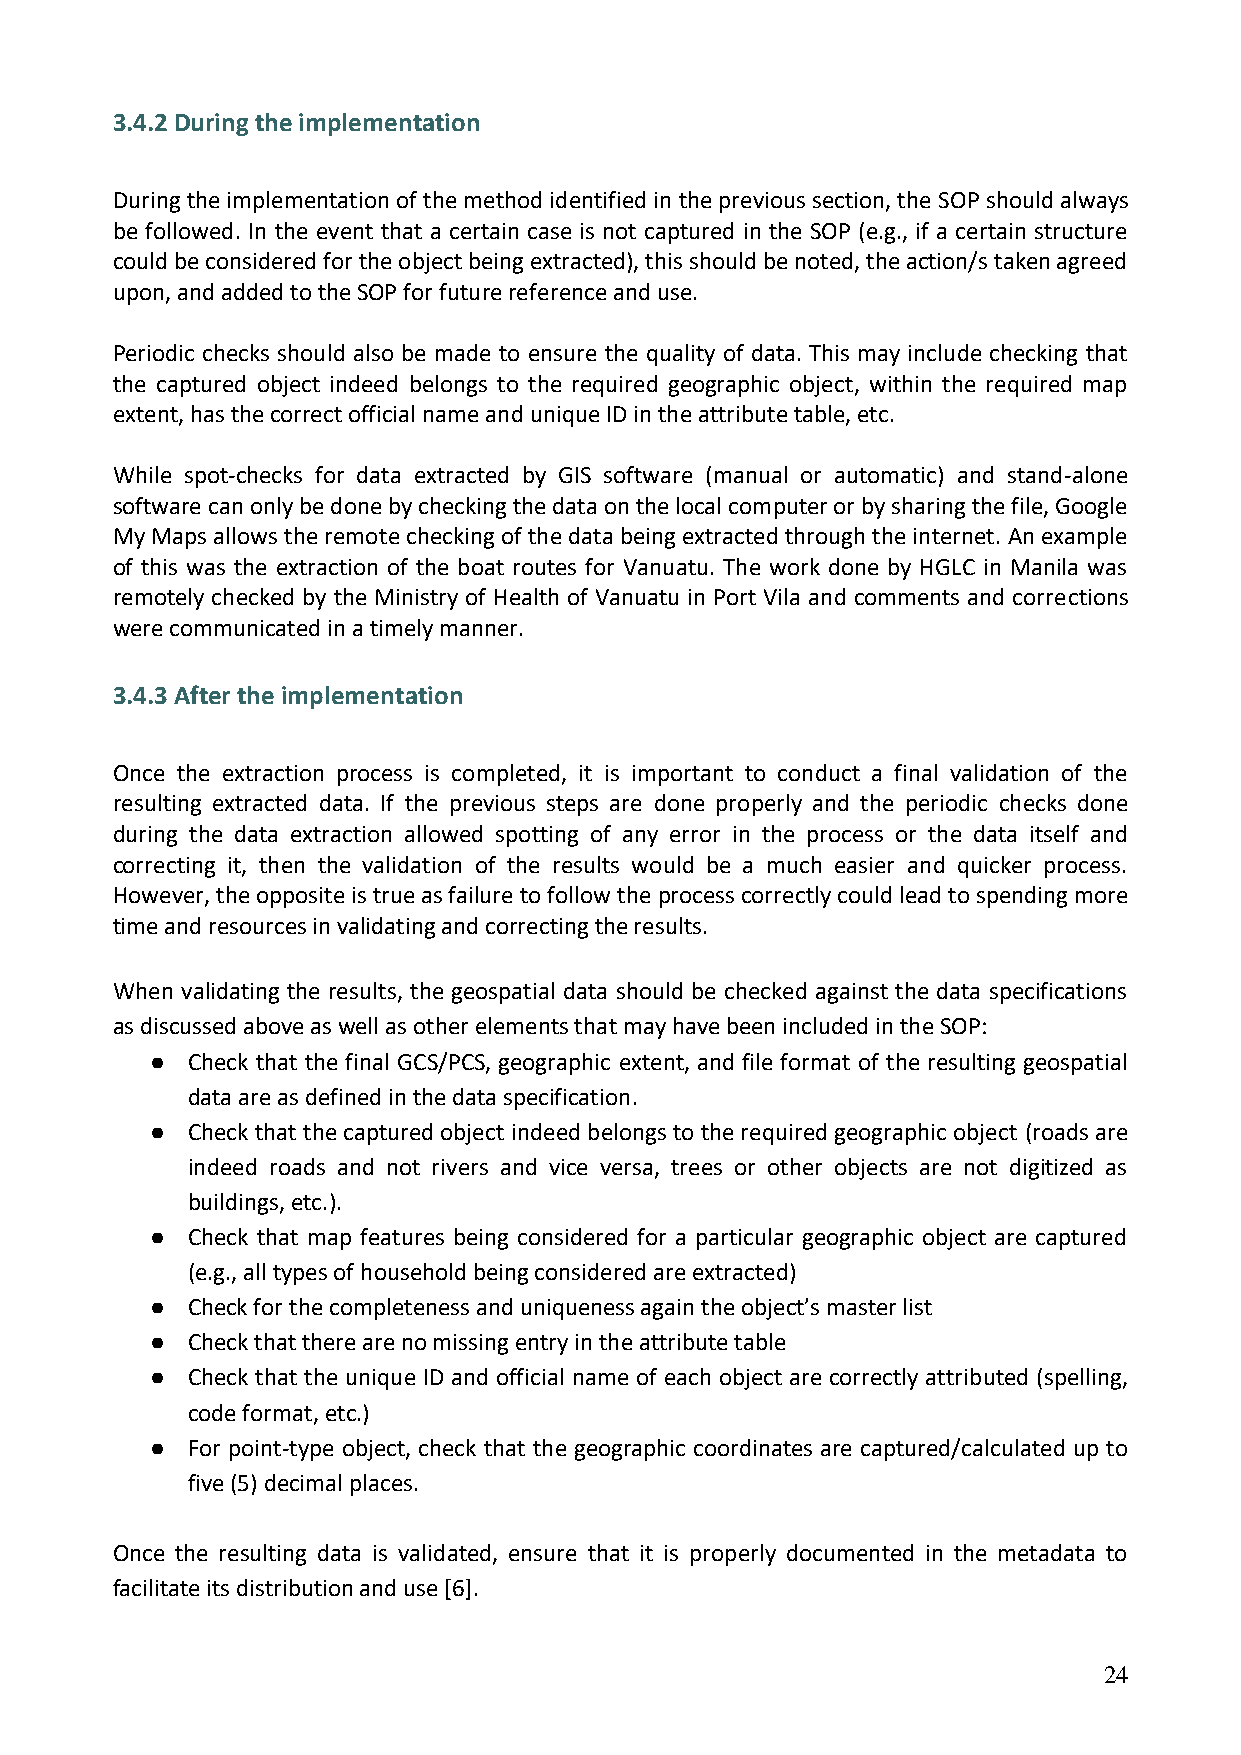
3.4.2 During the implementation
 During the implementation of the method identified in the previous section, the SOP should always
 be followed. In the event that a certain case is not captured in the SOP (e.g., if a certain structure
 could be considered for the object being extracted), this should be noted, the action/s taken agreed
 upon, and added to the SOP for future reference and use.
 Periodic checks should also be made to ensure the quality of data. This may include checking that
 the captured object indeed belongs to the required geographic object, within the required map
 extent, has the correct official name and unique ID in the attribute table, etc.
 While spot-checks for data extracted by GIS software (manual or automatic) and stand-alone
 software can only be done by checking the data on the local computer or by sharing the file, Google
 My Maps allows the remote checking of the data being extracted through the internet. An example
 of this was the extraction of the boat routes for Vanuatu. The work done by HGLC in Manila was
 remotely checked by the Ministry of Health of Vanuatu in Port Vila and comments and corrections
 were communicated in a timely manner.
 3.4.3 After the implementation
 Once the extraction process is completed, it is important to conduct a final validation of the
 resulting extracted data. If the previous steps are done properly and the periodic checks done
 during the data extraction allowed spotting of any error in the process or the data itself and
 correcting it, then the validation of the results would be a much easier and quicker process.
 However, the opposite is true as failure to follow the process correctly could lead to spending more
 time and resources in validating and correcting the results.
 When validating the results, the geospatial data should be checked against the data specifications
 as discussed above as well as other elements that may have been included in the SOP:
 ● Check that the final GCS/PCS, geographic extent, and file format of the resulting geospatial
 data are as defined in the data specification.
 ● Check that the captured object indeed belongs to the required geographic object (roads are
 indeed roads and not rivers and vice versa, trees or other objects are not digitized as
 buildings, etc.).
 ● Check that map features being considered for a particular geographic object are captured
 (e.g., all types of household being considered are extracted)
 ● Check for the completeness and uniqueness again the object’s master list
 ● Check that there are no missing entry in the attribute table
 ● Check that the unique ID and official name of each object are correctly attributed (spelling,
 code format, etc.)
 ● For point-type object, check that the geographic coordinates are captured/calculated up to
 five (5) decimal places.
 Once the resulting data is validated, ensure that it is properly documented in the metadata to
 facilitate its distribution and use [6].
 24